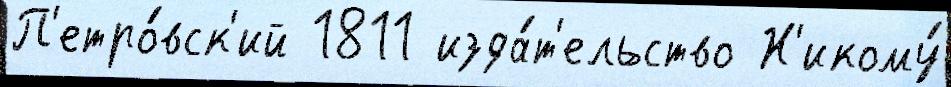
П'етро́вск'ий 1811 изда́т'ельство Н'икому́